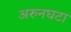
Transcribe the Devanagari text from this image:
अरुनघटा